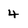
Character: 4